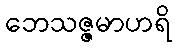
ဘေသဇ္ဇမာဟရိ